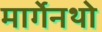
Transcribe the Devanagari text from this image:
मार्गेनथो